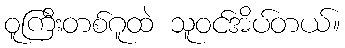
ဝူကြီးတစ်ဂူထဲ သူဝင်အိပ်တယ်။